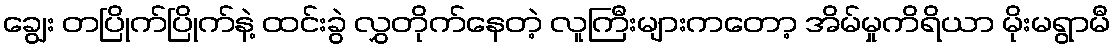
ချွေး တပြိုက်ပြိုက်နဲ့ ထင်းခွဲ လွှတိုက်နေတဲ့ လူကြီးများကတော့ အိမ်မှုကိရိယာ မိုးမရွာမီ